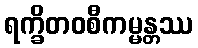
ရက္ခိတဝစီကမ္မန္တဿ